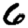
Digit: 6